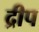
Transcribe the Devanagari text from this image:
द्रीप